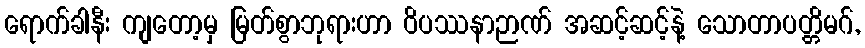
ရောက်ခါနီး ကျတော့မှ မြတ်စွာဘုရားဟာ ဝိပဿနာဉာဏ် အဆင့်ဆင့်နဲ့ သောတာပတ္တိမဂ်,